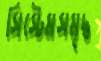
সিস্টেমসমৃদ্ধ